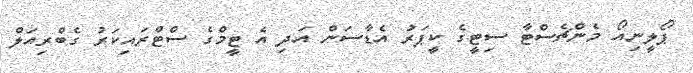
ޕޯލީނިއޯ މެންޗެސްޓާ ސިޓީގެ ކީޕަރު އެޑާސަން އަދި އެ ޓީމްގެ ސްޓްރައިކަރު ގެބްރިއަލް